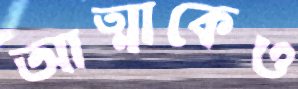
আত্মাকেও